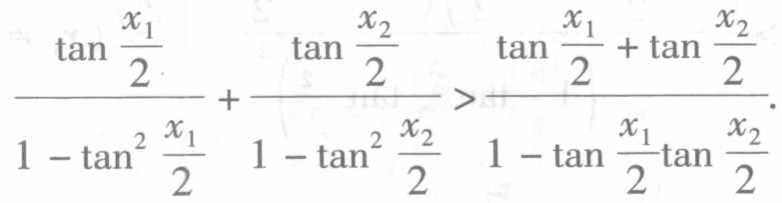
\(\frac{\tan\frac{x_{1}}{2}}{1 - \tan^{2}\frac{x_{1}}{2}}+\frac{\tan\frac{x_{2}}{2}}{1 - \tan^{2}\frac{x_{2}}{2}}>\frac{\tan\frac{x_{1}}{2}+\tan\frac{x_{2}}{2}}{1 - \tan\frac{x_{1}}{2}\tan\frac{x_{2}}{2}}\)